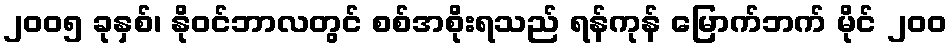
၂၀၀၅ ခုနှစ်၊ နိုဝင်ဘာလတွင် စစ်အစိုးရသည် ရန်ကုန် မြောက်ဘက် မိုင် ၂၀၀